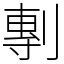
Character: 剸